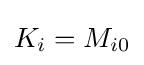
{\textstyle K_{i}=M_{i0}}